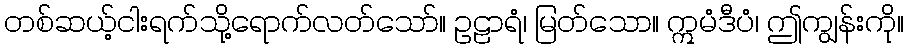
တစ်ဆယ့်ငါးရက်သို့ရောက်လတ်သော်။ ဥဠာရံ၊ မြတ်သော။ ဣမံဒီပံ၊ ဤကျွန်းကို။